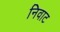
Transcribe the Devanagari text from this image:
निवाट